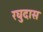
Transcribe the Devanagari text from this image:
रघुदास